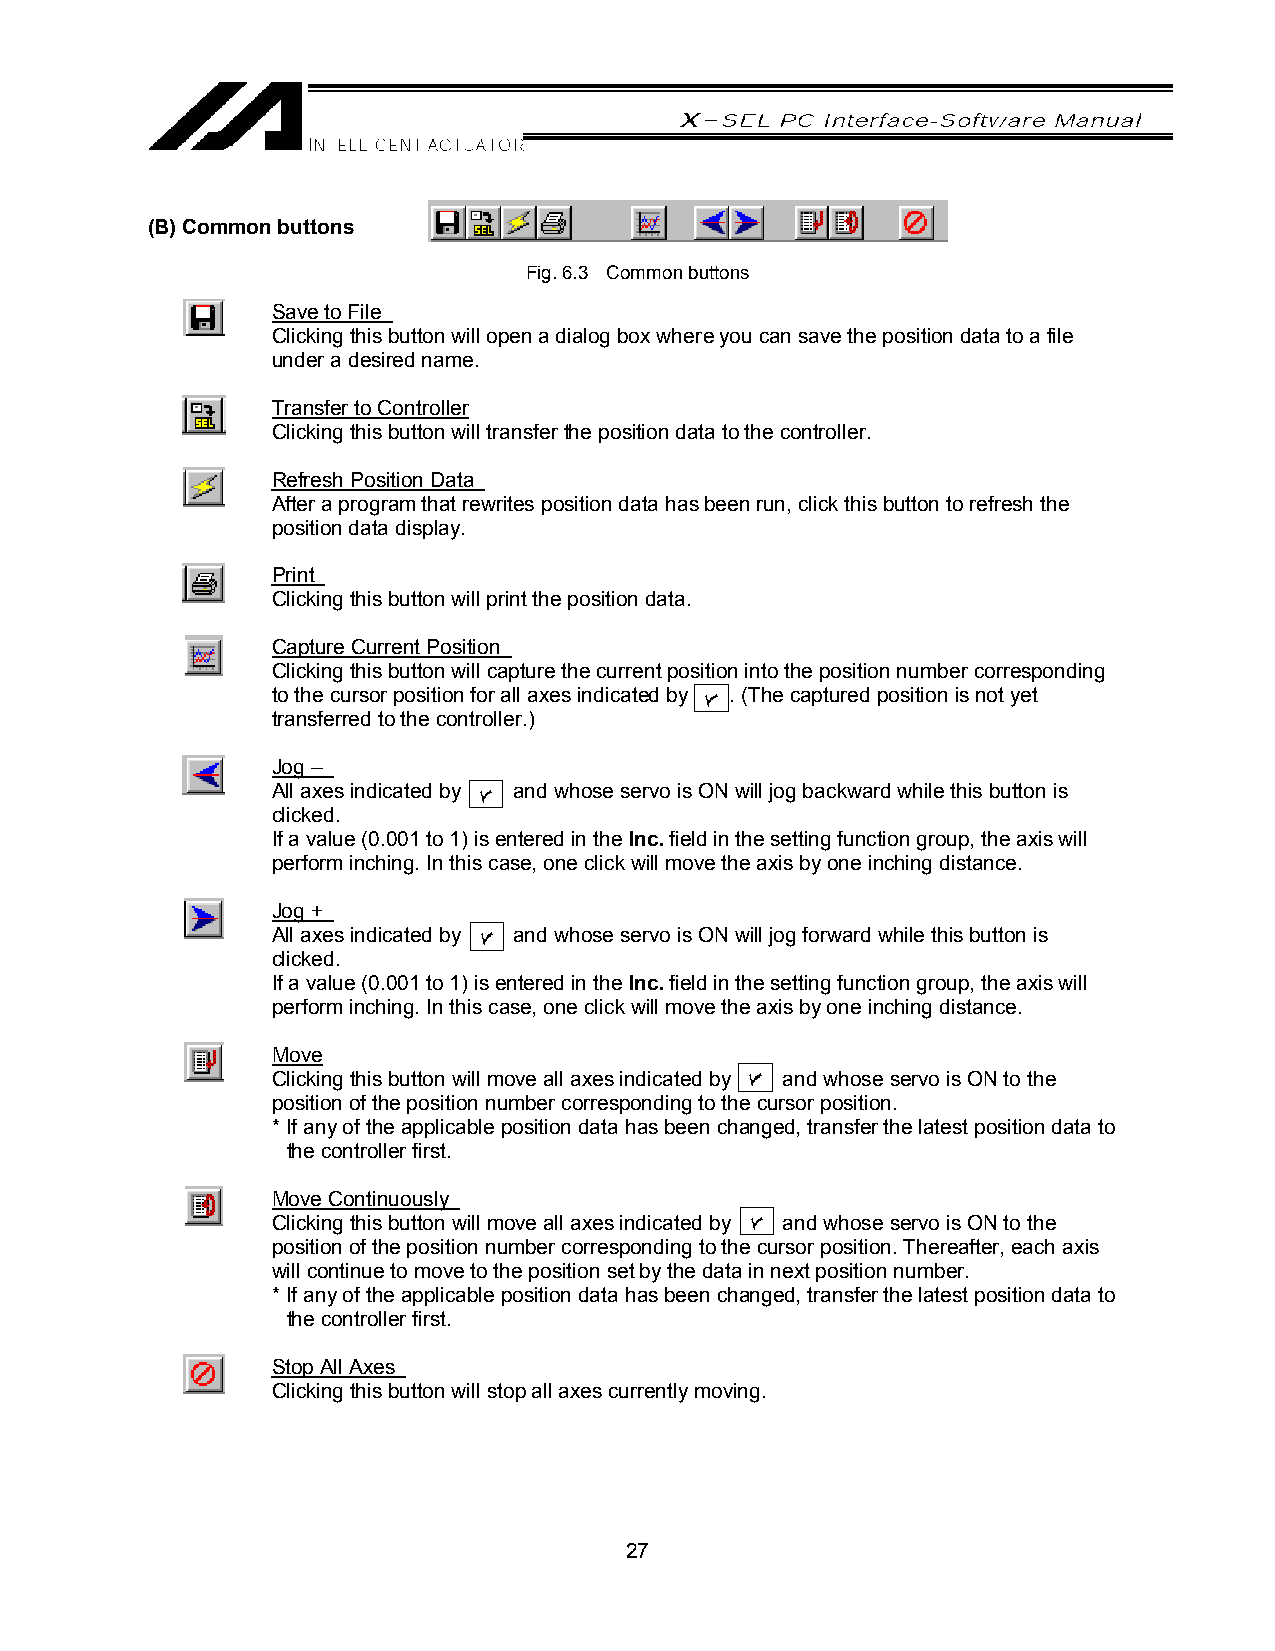
(B) Common buttons
 Fig. 6.3 Common buttons
 Save to File
 Clicking this button will open a dialog box where you can save the position data to a file
 under a desired name.
 Transfer to Controller
 Clicking this button will transfer the position data to the controller.
 Refresh Position Data
 After a program that rewrites position data has been run, click this button to refresh the
 position data display.
 Print
 Clicking this button will print the position data.
 Capture Current Position
 Clicking this button will capture the current position into the position number corresponding
 to the cursor position for all axes indicated by . (The captured position is not yet
 transferred to the controller.)
 Jog –
 All axes indicated by and whose servo is ON will jog backward while this button is
 clicked.
 If a value (0.001 to 1) is entered in the Inc. field in the setting function group, the axis will
 perform inching. In this case, one click will move the axis by one inching distance.
 Jog +
 All axes indicated by and whose servo is ON will jog forward while this button is
 clicked.
 If a value (0.001 to 1) is entered in the Inc. field in the setting function group, the axis will
 perform inching. In this case, one click will move the axis by one inching distance.
 Move
 Clicking this button will move all axes indicated by and whose servo is ON to the
 position of the position number corresponding to the cursor position.
 * If any of the applicable position data has been changed, transfer the latest position data to
 the controller first.
 Move Continuously
 Clicking this button will move all axes indicated by and whose servo is ON to the
 position of the position number corresponding to the cursor position. Thereafter, each axis
 will continue to move to the position set by the data in next position number.
 * If any of the applicable position data has been changed, transfer the latest position data to
 the controller first.
 Stop All Axes
 Clicking this button will stop all axes currently moving.
 27